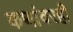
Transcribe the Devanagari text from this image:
कथांवरही